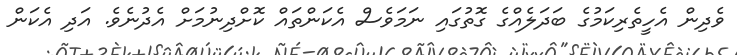
ވެދިން އެހީތެރިކަމުގެ ބަދަލެއްގެ ގޮތުގައި ނަމަވެސް އެކަންތައް ކޮށްދިނުމަށް އެދުނެވެ. އަދި އެކަން